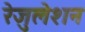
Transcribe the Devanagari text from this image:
रेजुलेशन